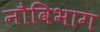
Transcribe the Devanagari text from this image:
नौविभाग